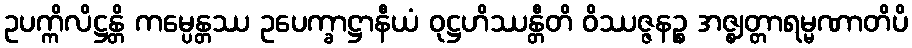
ဥပက္ကိလိဋ္ဌန္တိ ကမ္ပေန္တဿ ဥပေက္ခာဋ္ဌာနီယံ ဝုဋ္ဌဟိဿန္တီတိ ဝိဿဇ္ဇနဉ္စ အဇ္ဈတ္တာရမ္မဏာတိပိ